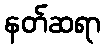
နတ်ဆရာ